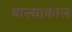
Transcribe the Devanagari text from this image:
बाल्याकाल